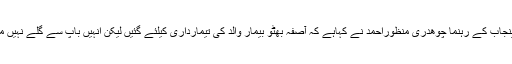
پیپلزپارٹی پنجاب کے رہنما چوھدری منظوراحمد نے کہاہے کہ آصفہ بھٹو بیمار والد کی تیمارداری کیلئے گئیں لیکن انہیں باپ سے گلے نہیں ملنے دیا گیا۔